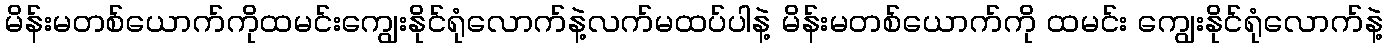
မိန်းမတစ်ယောက်ကိုထမင်းကျွေးနိုင်ရုံလောက်နဲ့လက်မထပ်ပါနဲ့ မိန်းမတစ်ယောက်ကို ထမင်း ကျွေးနိုင်ရုံလောက်နဲ့